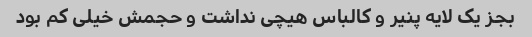
بجز یک لایه پنیر و کالباس هیچی نداشت و حجمش خیلی کم بود